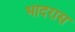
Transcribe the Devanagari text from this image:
भादरास